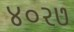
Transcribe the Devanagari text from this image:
४०२७